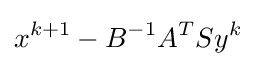
x^{k+1}-B^{-1}A^{T}Sy^{k}